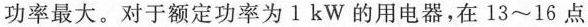
功率最大。对于额定功率为1kW的用电器，在13\sim 16点